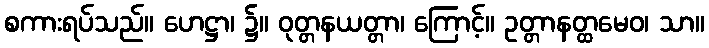
စကားရပ်သည်။ ဟေဋ္ဌာ၊ ၌။ ဝုတ္တနယတ္တာ၊ ကြောင့်။ ဥတ္တာနတ္ထမေဝ၊ သာ။